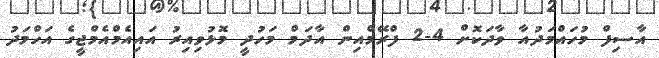
އާސިފް މުހައްމަދުއާ ވާދަކޮށް 4-2 ފްރޭމްއިން އާދަމް މަހުދީ މޮޅުވިއިރު އައިއެމްއެމްޖީގެ އަހްމަދު